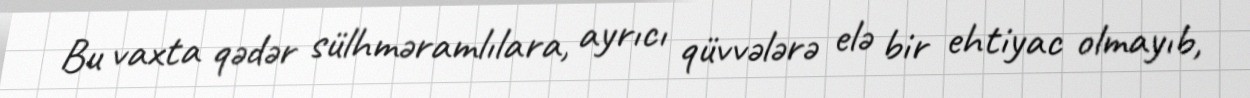
Bu vaxta qədər sülhməramlılara, ayrıcı qüvvələrə elə bir ehtiyac olmayıb,